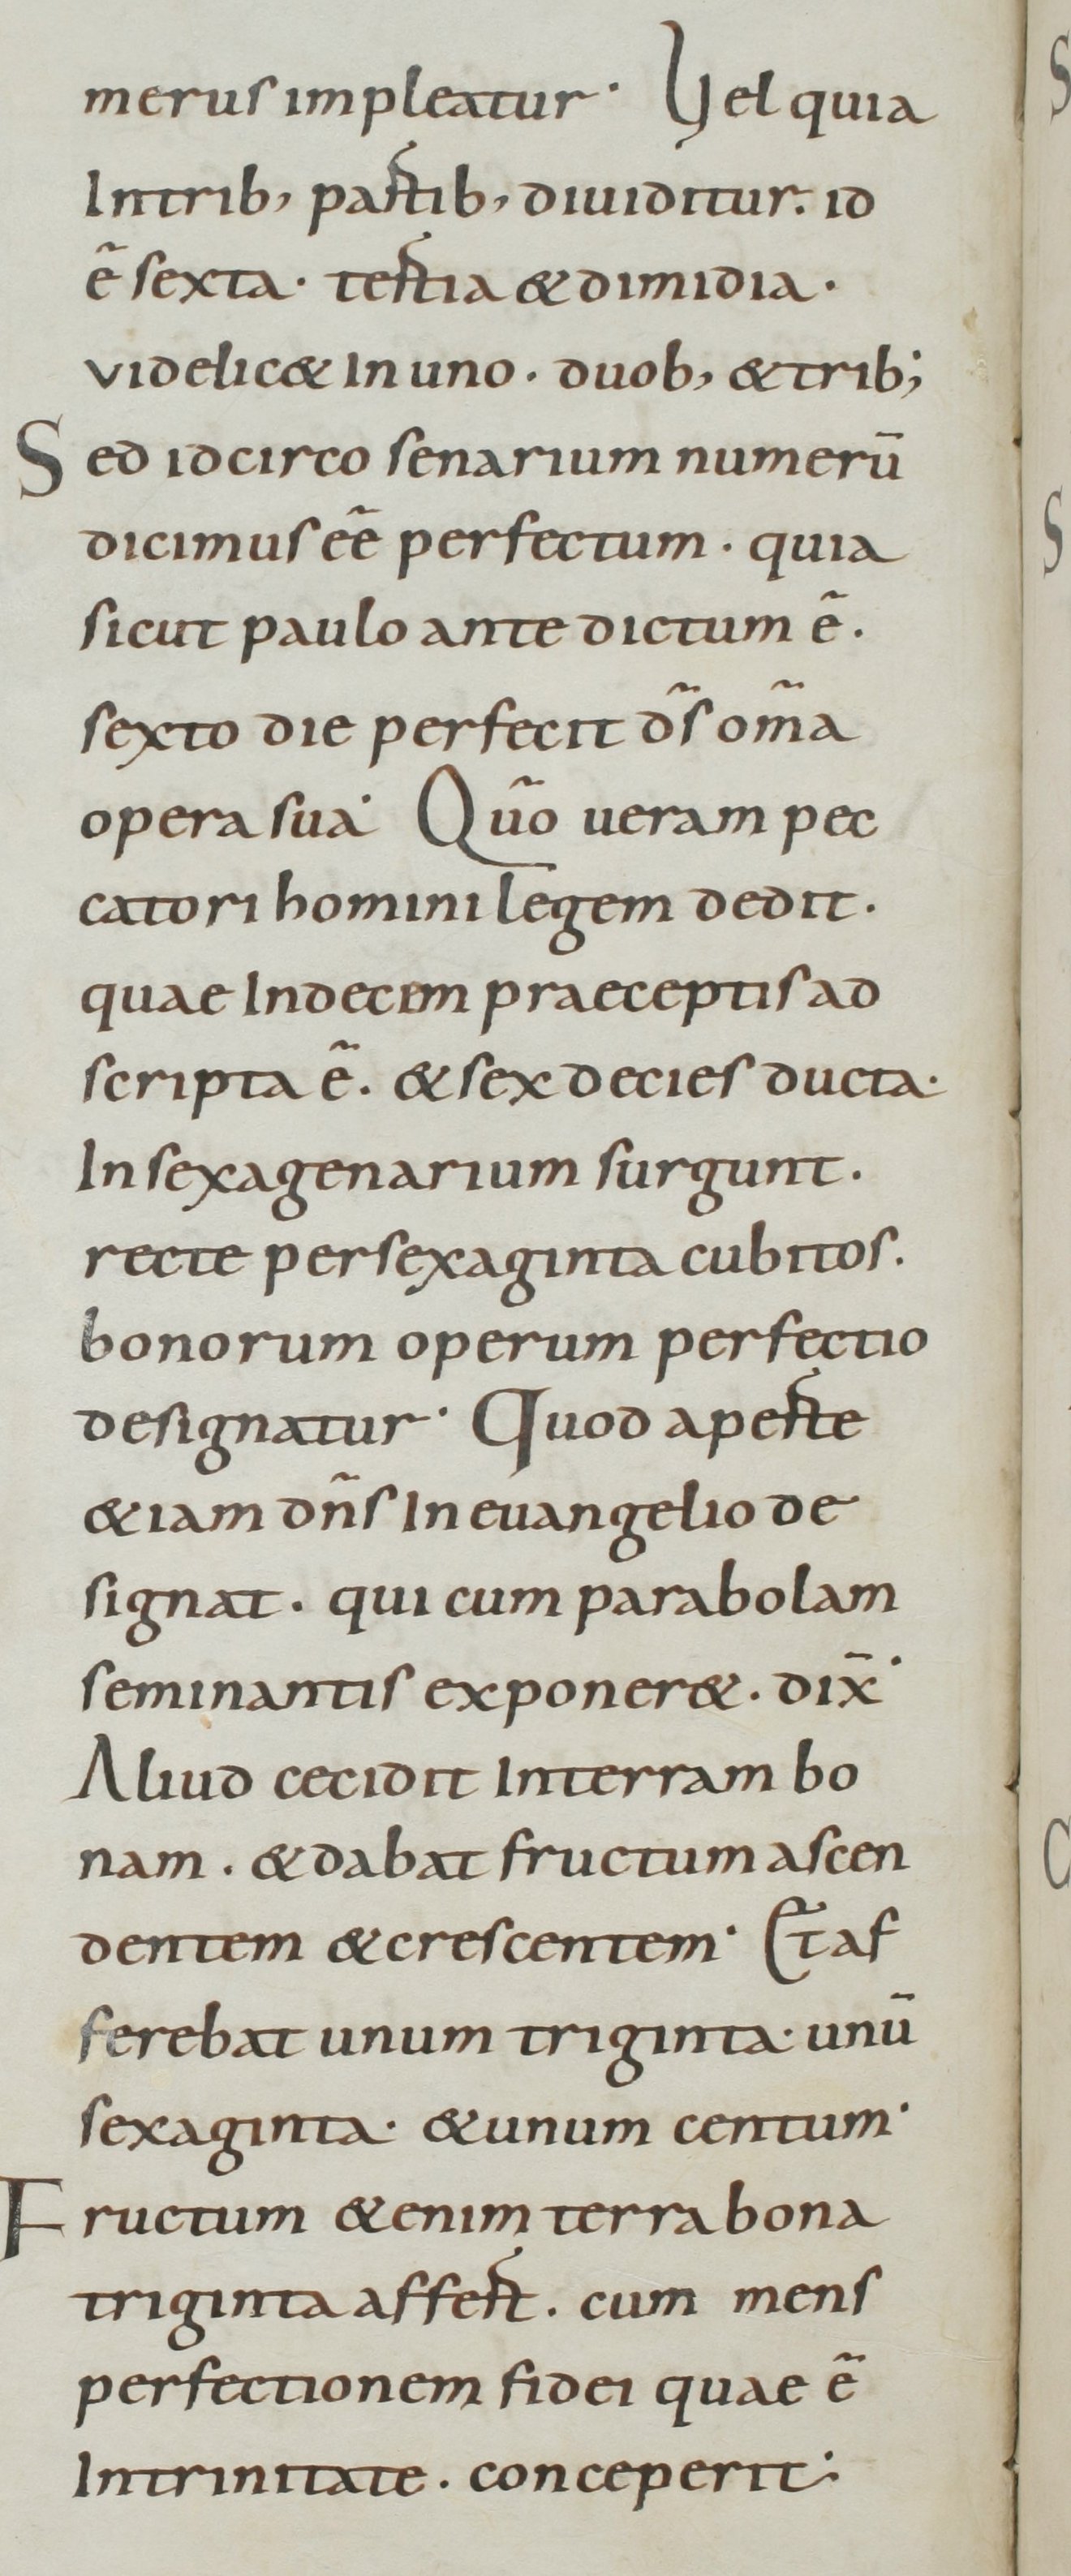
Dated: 800–899